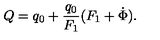
Q = q _ { 0 } + \frac { q _ { 0 } } { F _ { 1 } } ( F _ { 1 } + \dot { \Phi } ) .